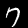
Label: 7